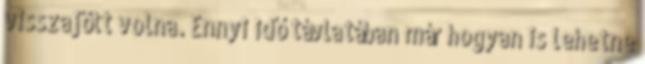
visszajött volna. Ennyi idő távlatában már hogyan is lehetne